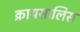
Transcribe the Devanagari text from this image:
क्रायसालिस